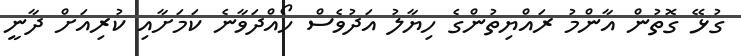
ގުޅޭ ގޮތުން އާންމު ރައްޔިތުންގެ ހިޔާލު އަަދުވެސް ހޯއްދަވާނެ ކަމަށާއި ކުރިއަށް ދާނީ